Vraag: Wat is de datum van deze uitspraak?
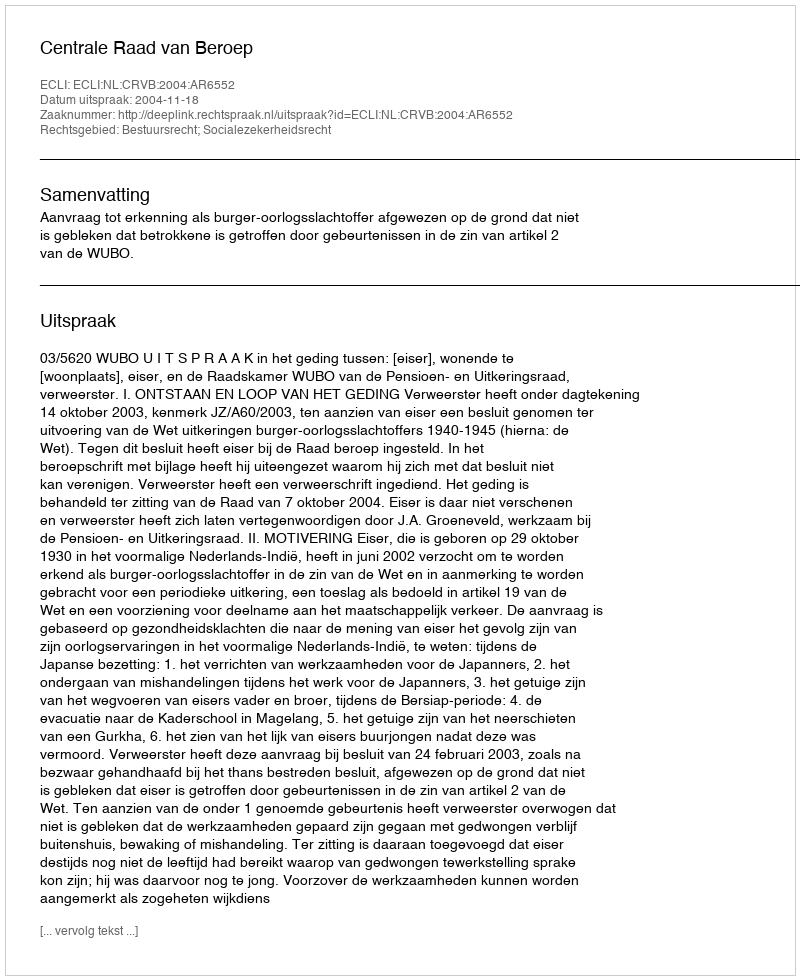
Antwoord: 2004-11-18